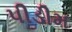
પીડીમ